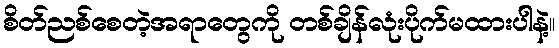
စိတ်ညစ်စေတဲ့အရာတွေကို တစ်ချိန်လုံးပိုက်မထားပါနဲ့။